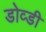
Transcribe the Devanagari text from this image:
डोव्डी